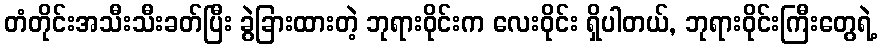
တံတိုင်းအသီးသီးခတ်ပြီး ခွဲခြားထားတဲ့ ဘုရားဝိုင်းက လေးဝိုင်း ရှိပါတယ်, ဘုရားဝိုင်းကြီးတွေရဲ့